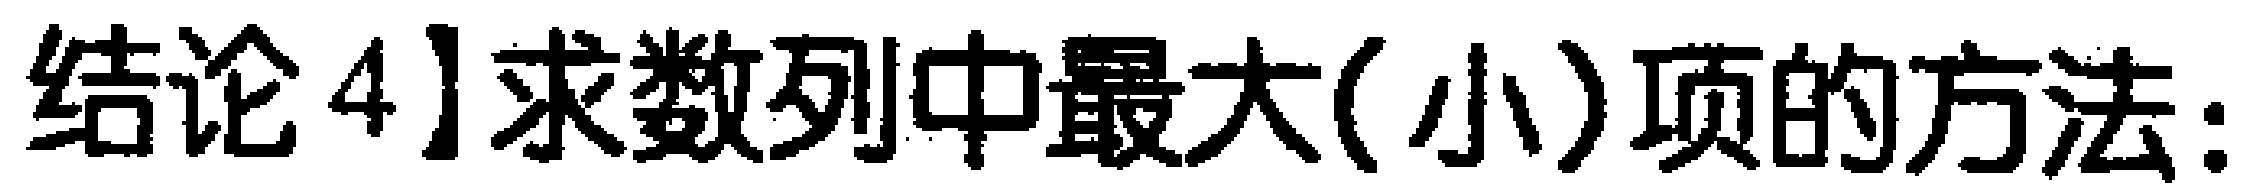
结论4]求数列中最大(小)项的方法：